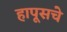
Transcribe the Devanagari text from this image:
हापूसचे